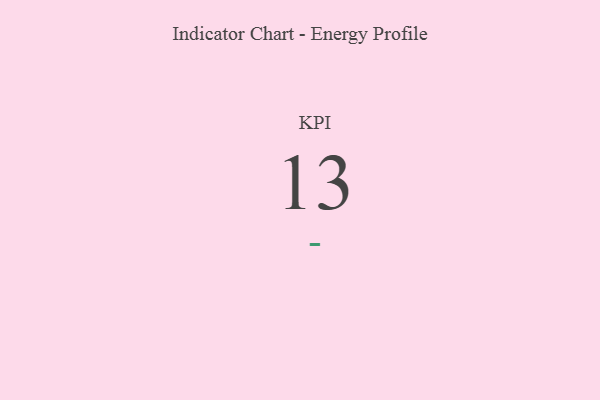
{"axis": {"x": "KPI", "y": "Value"}, "legend": [""], "data": [{"x": "KPI", "y": 13, "type": ""}]}